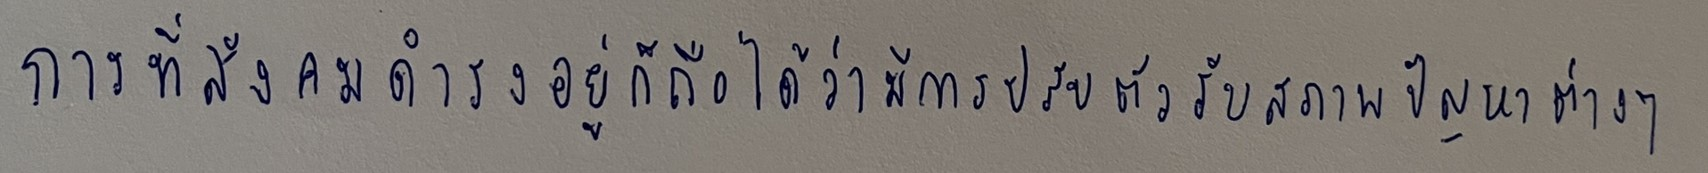
การที่สังคมดำรงอยู่ก็ถือได้ว่ามีการปรับตัวรับสภาพปัญหาต่างๆ